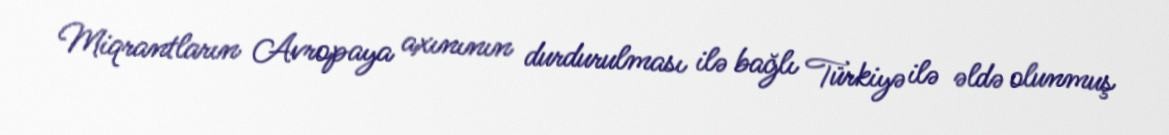
Miqrantların Avropaya axınının durdurulması ilə bağlı Türkiyə ilə əldə olunmuş